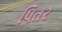
પિતર